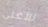
للأعلى